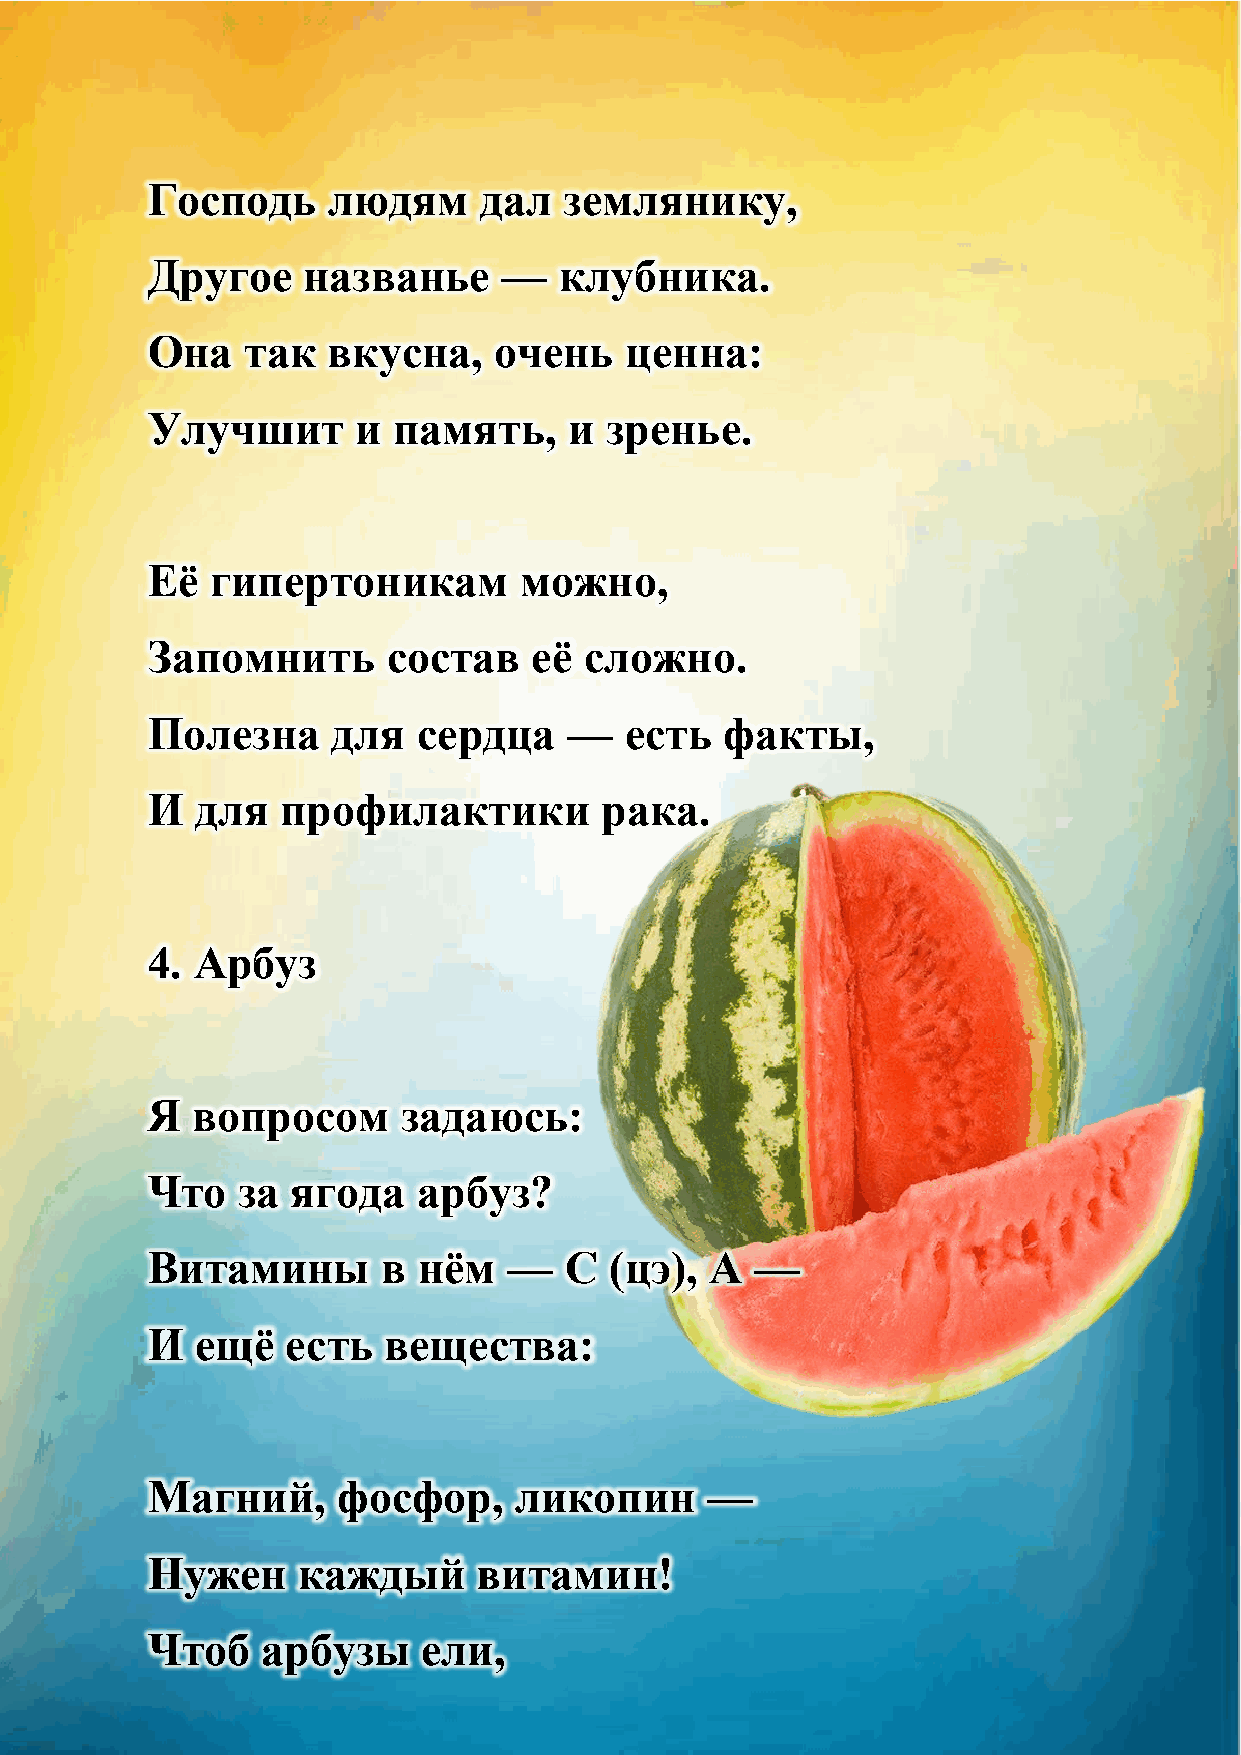
Господь     людям     дал  землянику,
 Другое    названье     —   клубника.
 Она   так   вкусна,    очень   ценна:
 Улучшит      и  память,     и зренье.
 Еѐ  гипертоникам        можно,
 Запомнить       состав   еѐ  сложно.
 Полезна     для   сердца    —  есть   факты,
 И  для   профилактики         рака.
 4. Арбуз
 Я  вопросом      задаюсь:
 Что   за ягода    арбуз?
 Витамины       в  нѐм   —  С  (цэ),  А  —
 И  ещѐ   есть  вещества:
 Магний,     фосфор,     ликопин      —
 Нужен     каждый      витамин!
 Чтоб   арбузы     ели,